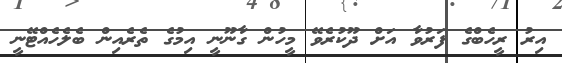
އިރު ރީހެބްގެ ފަރުވާ އަށް ދޫކުރެވޭ މީހުން ގާނޫނީ އިމުގެ ތެރެއިން ބެލެހެއްޓޭނީ